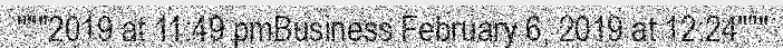
"""2019 at 11:49 pmBusiness February 6, 2019 at 12:24"""